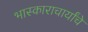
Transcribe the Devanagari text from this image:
भास्काराचार्यांचे